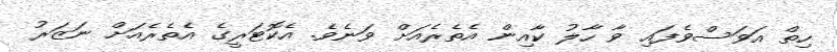
ހިތް އަވަސްވެފައި ވާ ހާލު ކާއިން އެތެރެއަށް ވަނެވެ. އެކޮޓަރީގެ އެތެރެއަށް ނަޒަރު